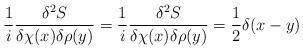
LaTeX: \begin{align*}\frac{1}{i} \frac{\delta^2 S} {\delta \chi(x) \delta \rho(y)}=\frac{1}{i} \frac {\delta^2 S}{\delta \chi(x) \delta \rho(y)} =\frac{1}{2} \delta (x-y)\end{align*}